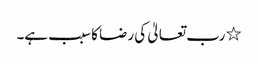
٭ رب تعالیٰ کی رضا کا سبب ہے۔